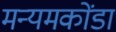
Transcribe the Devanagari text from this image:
मन्यमकोंडा